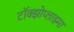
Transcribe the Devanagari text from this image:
टॉक्झोप्लाझ्मा